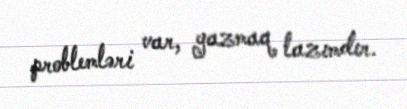
problemləri var, yazmaq lazımdır.